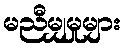
မညီမျှမှုများ